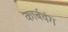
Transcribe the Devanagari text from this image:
कार्बवंग